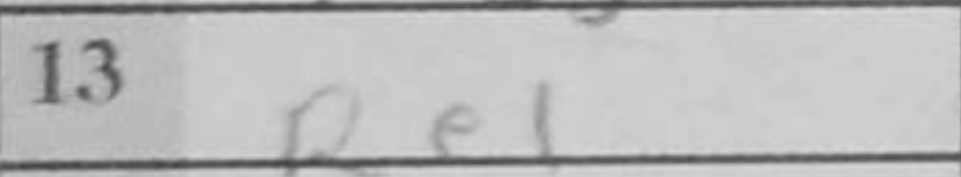
Transcription: Re1